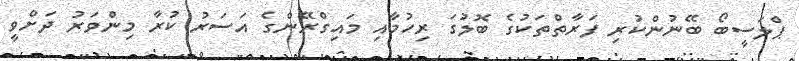
ޕްލަސީބޯ ބޭނުންކުރި ފަރާތްތަކުގެ ބޮލުގަ ރިހުމާއި މައިގްރޭންގެ އަސަރު ކުރާ މިންވަރު ދަށްވީ